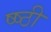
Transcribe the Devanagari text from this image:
ष्ष्ठी